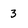
Character: 3